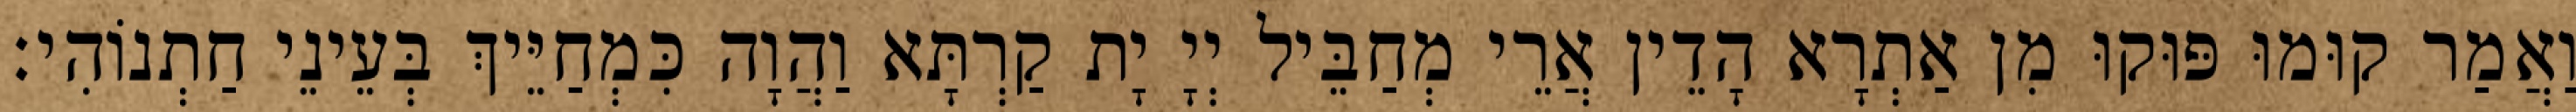
וַאֲמַר קוּמוּ פּוּקוּ מִן אַתְרָא הָדֵין אֲרֵי מְחַבֵּיל יְיָ יָת קַרְתָּא וַהֲוָה כִּמְחַיֵּיךְ בְּעֵינֵי חַתְנוֹהִי׃